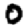
Digit: 0